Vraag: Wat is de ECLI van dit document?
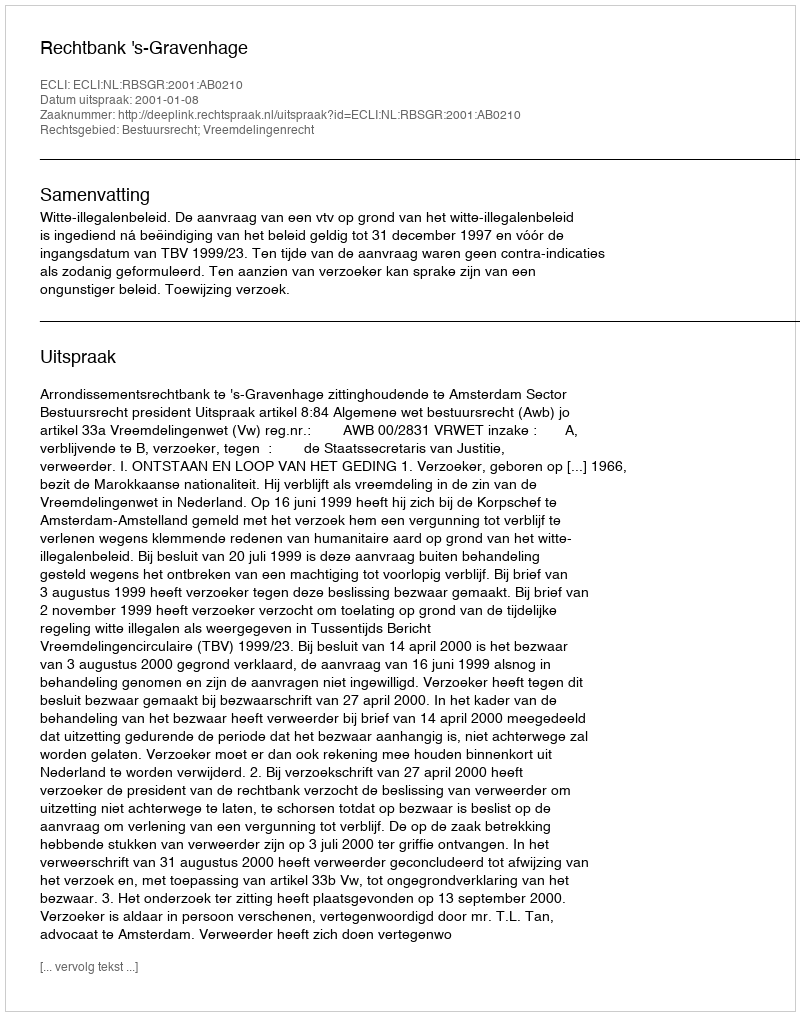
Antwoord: ECLI:NL:RBSGR:2001:AB0210